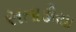
સતાડીયા